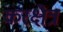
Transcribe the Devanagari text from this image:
करक्षेत्र